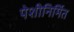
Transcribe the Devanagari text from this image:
पेशीनिर्मित